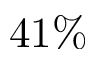
4 1 \%